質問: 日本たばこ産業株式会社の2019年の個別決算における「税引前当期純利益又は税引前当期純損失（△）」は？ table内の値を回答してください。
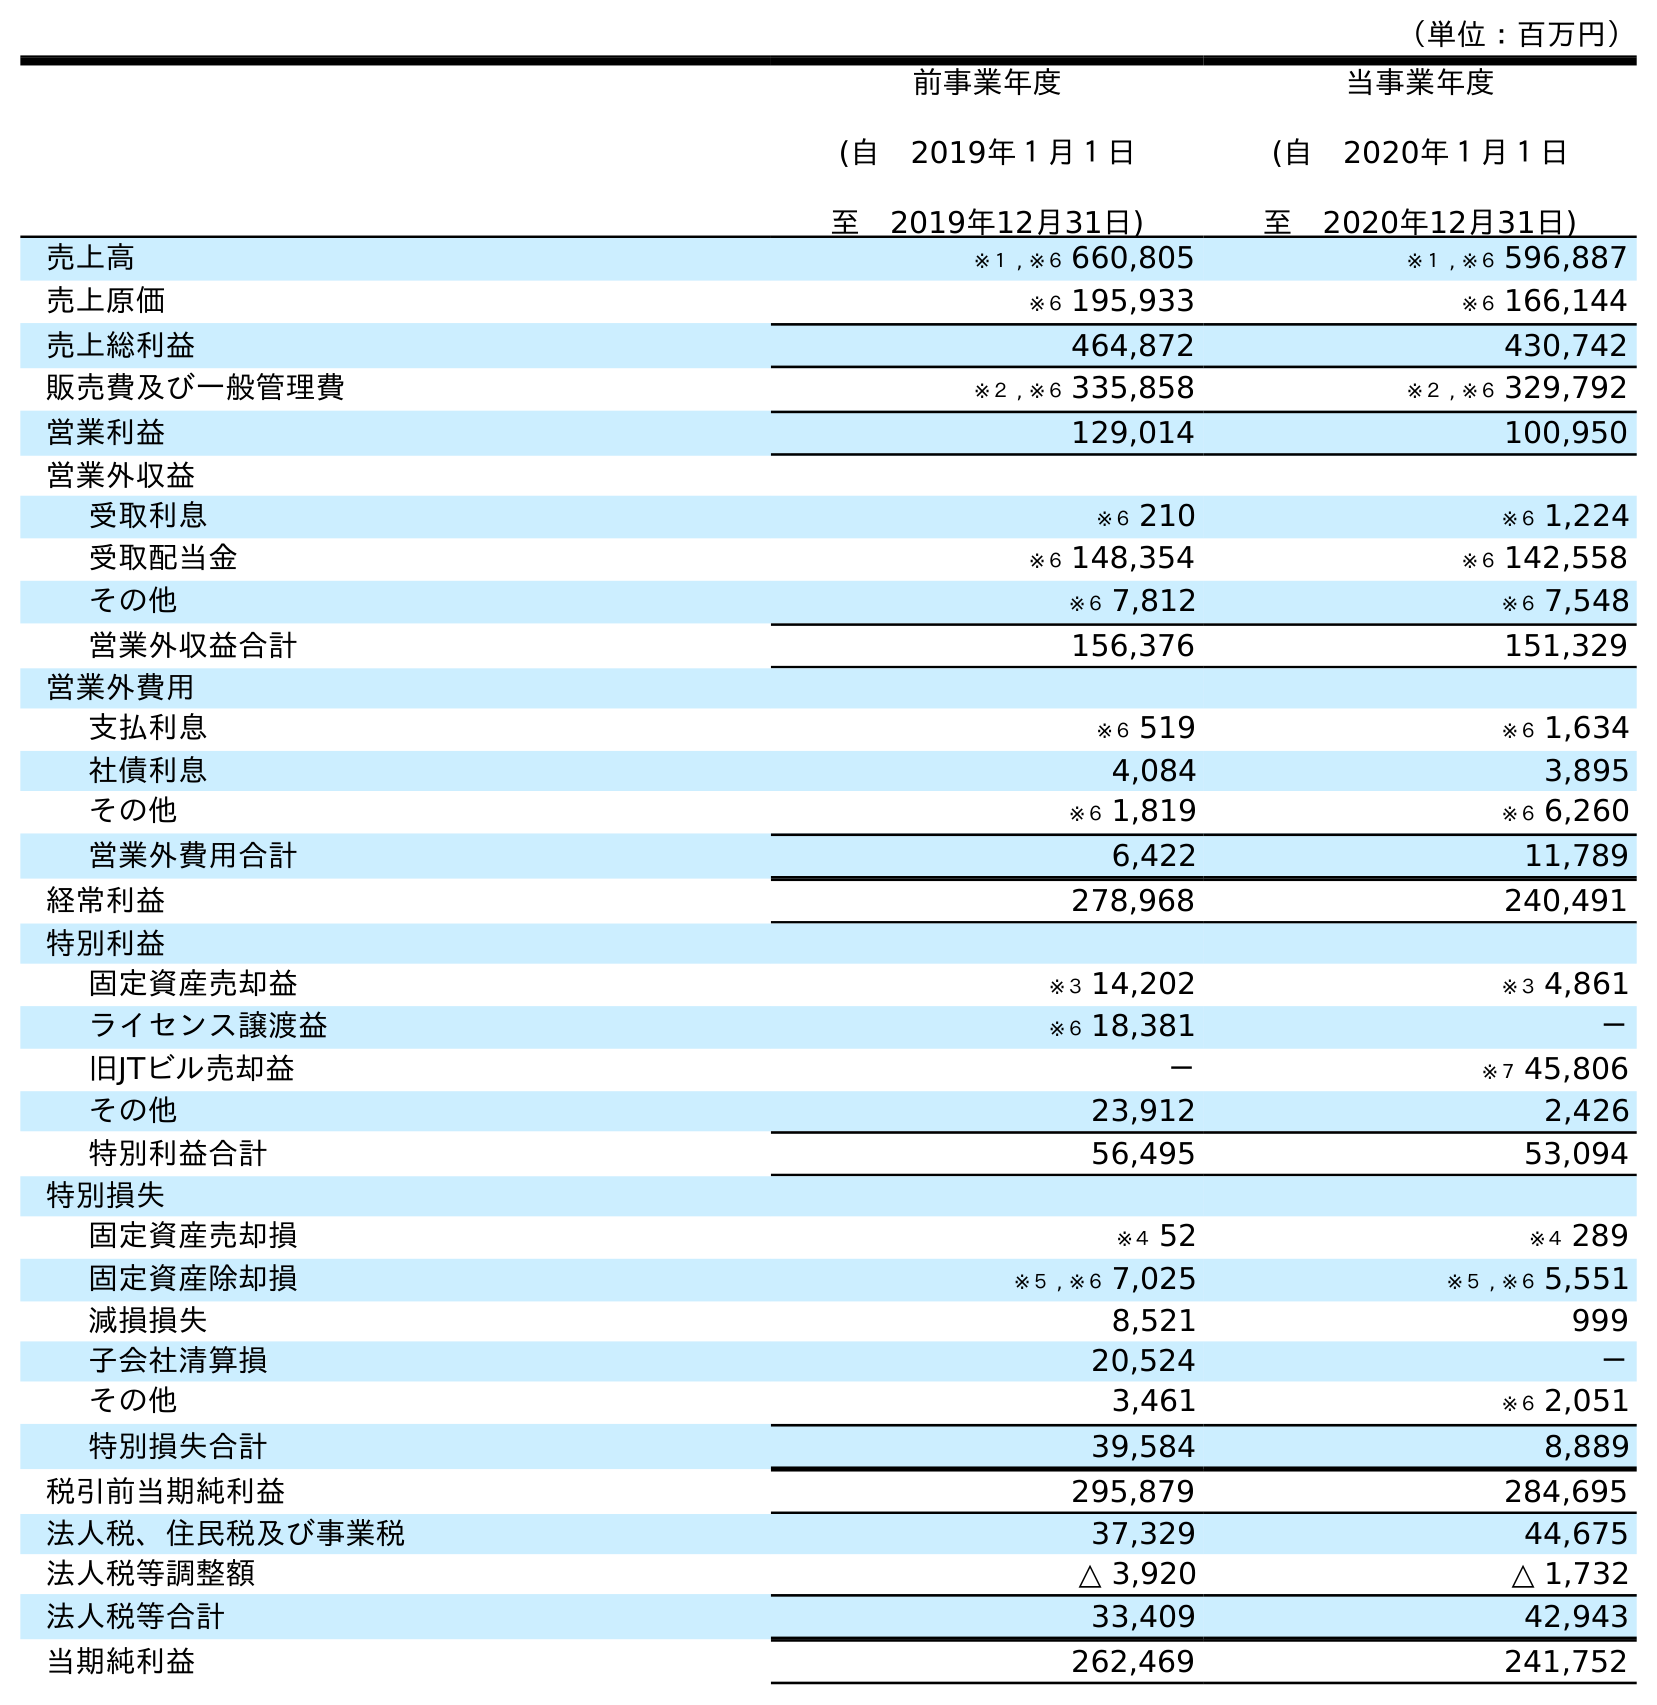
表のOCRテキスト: （単位：百万円） 前事業年度 (自 2019年１月１日 至 2019年12月31日) 当事業年度 (自 2020年１月１日 至 2020年12月31日) 売上高 ※１ , ※６ 660,805 ※１ , ※６ 596,887 売上原価 ※６ 195,933 ※６ 166,144 売上総利益 464,872 430,742 販売費及び一般管理費 ※２ , ※６ 335,858 ※２ , ※６ 329,792 営業利益 129,014 100,950 営業外収益 受取利息 ※６ 210 ※６ 1,224 受取配当金 ※６ 148,354 ※６ 142,558 その他 ※６ 7,812 ※６ 7,548 営業外収益合計 156,376 151,329 営業外費用 支払利息 ※６ 519 ※６ 1,634 社債利息 4,084 3,895 その他 ※６ 1,819 ※６ 6,260 営業外費用合計 6,422 11,789 経常利益 278,968 240,491 特別利益 固定資産売却益 ※３ 14,202 ※３ 4,861 ライセンス譲渡益 ※６ 18,381 － 旧JTビル売却益 － ※７ 45,806 その他 23,912 2,426 特別利益合計 56,495 53,094 特別損失 固定資産売却損 ※４ 52 ※４ 289 固定資産除却損 ※５ , ※６ 7,025 ※５ , ※６ 5,551 減損損失 8,521 999 子会社清算損 20,524 － その他 3,461 ※６ 2,051 特別損失合計 39,584 8,889 税引前当期純利益 295,879 284,695 法人税、住民税及び事業税 37,329 44,675 法人税等調整額 △ 3,920 △ 1,732 法人税等合計 33,409 42,943 当期純利益 262,469 241,752
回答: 295,879